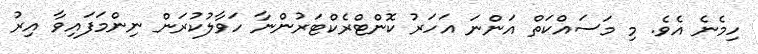
ހިމެނެ އެވެ. މި މަސައްކަތް އަންނަ އަހަރު ކޮންޓްރެކްޓަރުންނާ ހަވާލުކުރަން ނިންމަފައިވާ އިރު